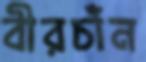
বীরচাঁন